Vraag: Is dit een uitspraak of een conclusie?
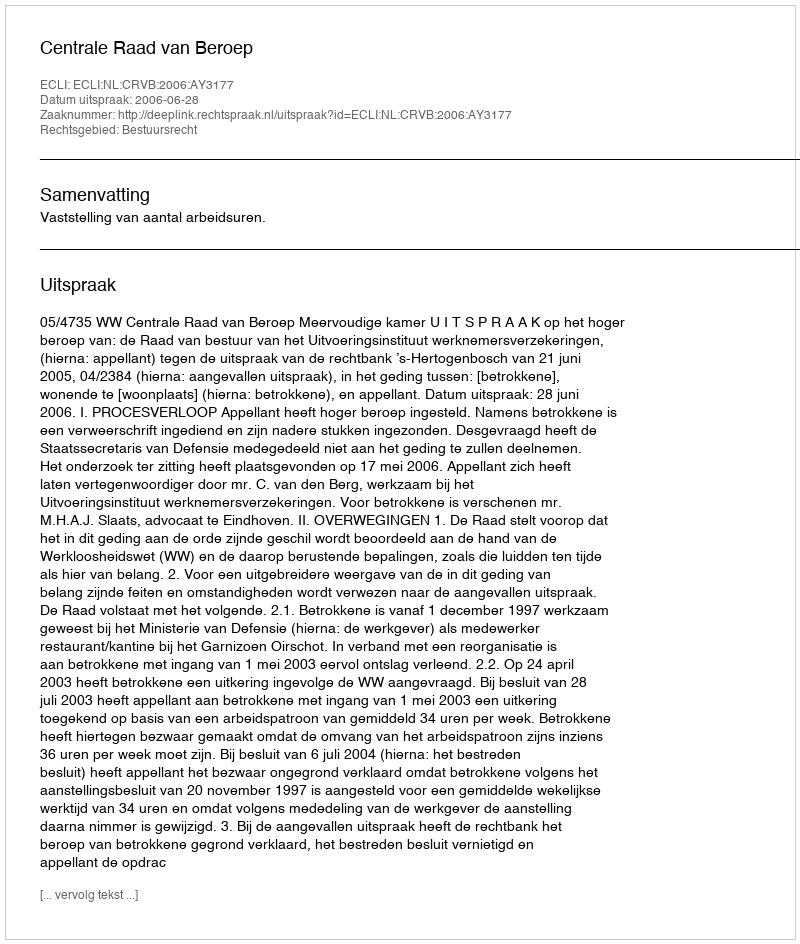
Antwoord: Uitspraak